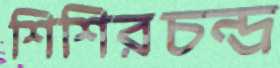
শিশিরচন্দ্র